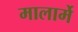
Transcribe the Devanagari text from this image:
मालार्मे